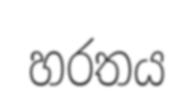
හරතය